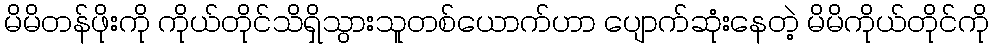
မိမိတန်ဖိုးကို ကိုယ်တိုင်သိရှိသွားသူတစ်ယောက်ဟာ ပျောက်ဆုံးနေတဲ့ မိမိကိုယ်တိုင်ကို